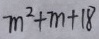
m ^ { 2 } + m + 1 8